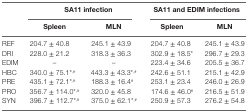
| <ROWSPAN=2>  | <COLSPAN=2> SA11 infection | <COLSPAN=2> SA11 and EDIM infections |
 | Spleen | MLN | Spleen | MLN |
 | --- | --- | --- | --- | --- |
 | REF | 204.7 ± 40.8 | 245.1 ± 43.9 | 204.7 ± 40.8 | 245.1 ± 43.9 |
 | DRI | 228.0 ± 21.2 | 318.3 ± 36.3 | 302.9 ± 18.5* | 296.7 ± 29.3 |
 | EDIM | – | – | 223.4 ± 34.6 | 205.5 ± 36.7 |
 | HBC | 340.0 ± 75.1*,# | 443.3 ± 43.3*,# | 242.6 ± 51.1 | 215.1 ± 42.9 |
 | PRE | 435.1 ± 72.1*,# | 188.3 ± 16.4# | 253.1 ± 23.4 | 246.0 ± 26.9 |
 | PRO | 356.7 ± 114.0*,# | 320.0 ± 45.8 | 174.6 ± 46.0# | 216.5 ± 51.9 |
 | SYN | 396.7 ± 112.7*,# | 375.0 ± 62.1*,# | 250.9 ± 57.3 | 276.2 ± 54.8 |